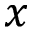
x